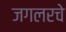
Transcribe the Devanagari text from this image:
जगलरचे